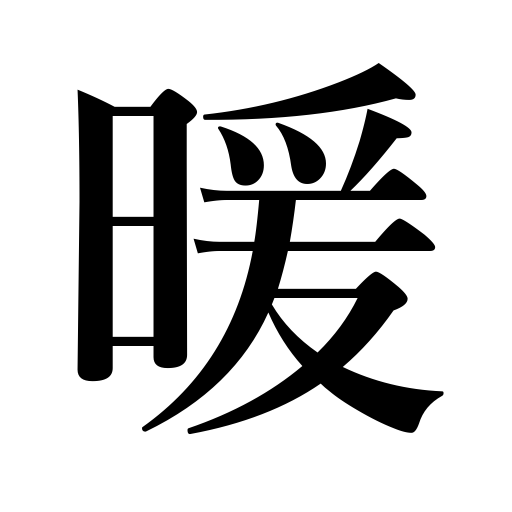
Meanings: genial,sun oneself,cordial,get warm,warm oneself,mild,heat,warm,warmth